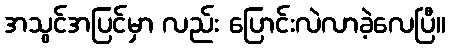
အသွင်အပြင်မှာ လည်း ပြောင်းလဲလာခဲ့လေပြီ။